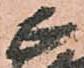
正